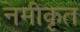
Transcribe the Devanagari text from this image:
नमीकृत